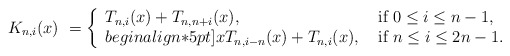
\begin{align*}K_{n,i}(x) & \ = \left\{\begin{array}{ll}T_{n,i}(x)+T_{n,n+i}(x), & \mbox{ if }0\leq i\leq n-1,\\begin{align*}5pt]xT_{n,i-n}(x)+T_{n,i}(x), & \mbox{ if }n\leq i\leq 2n-1.\end{array}\right.\end{align*}